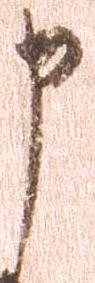
申